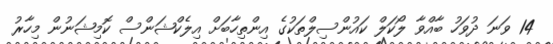
14 ވަނަ ދުވަހު ބާއްވާ ލޯކަލް ކައުންސިލްތަކުގެ އިންތިހާބަށް އިލެކްޝަންސް ކޮމިޝަނުން މިހާރު